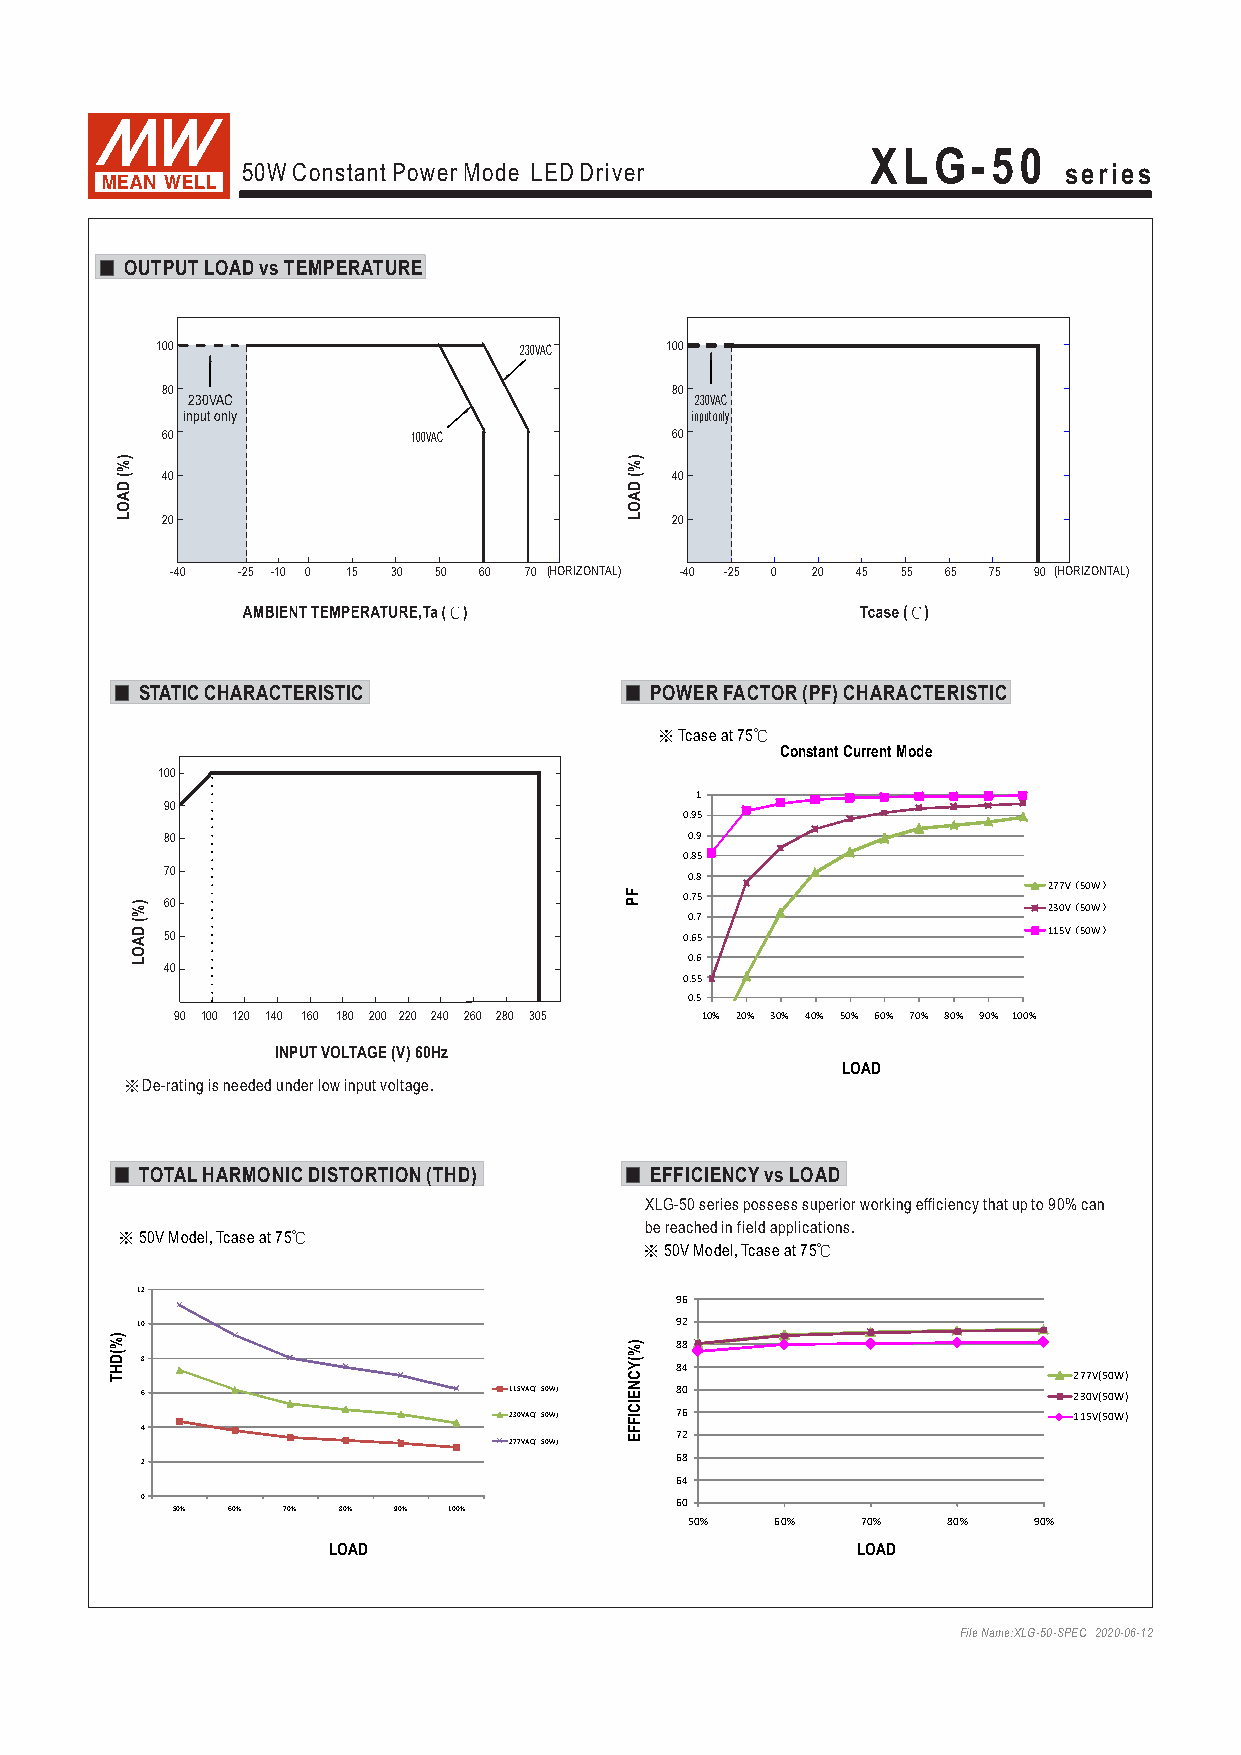
XLG-50
 series
 50W Constant Power Mode LED Driver
 OUTPUT LOAD vs TEMPERATURE
 100                     230VAC    100
 80                               80
 230VAC                            230VAC
 input only                        input only
 60              100VAC           60
 %)                                %)
 D
 (   40
 D
 (  40
 A                                 A
 O                                 O
 L   20                            L  20
 -40  -25 -10 0 15 30 50 60 70 (HORIZONTAL) -40 -25 0 20 45 55 65 75 90 (HORIZONTAL)
 STATIC CHARACTERISTIC             POWER FACTOR (PF) CHARACTERISTIC
 ※Tcase at 75℃
 Constant Current Mode
 100
 1
 90
 0.95
 80                                 0.9
 0.85
 70                                 0.8
 277V（50W）
 F   0.75
 %) 60                            P
 0.7
 230V（50W）
 AD
 (
 50                                0.65                    115V（50W）
 O                                     0.6
 L  40
 0.55
 0.5
 90 100 120 140 160 180 200 220 240 260 280 305 10% 20% 30% 40% 50% 60% 70% 80% 90% 100%
 INPUT VOLTAGE (V) 60Hz
 LOAD
 ※De-rating is needed under low input voltage.
 TOTALHARMONIC DISTORTION (THD)    EFFICIENCYvs LOAD
 XLG-50 series possess superior working efficiency that up to 90% can
 be reached in field applications.
 ※50V Model,Tcase at 75℃
 ※50V Model,Tcase at 75℃
 12
 96
 10                                  92
 THD(%)
 68
 115VAC(50W)
 ENCY(%) 888 048
 2 27 37 0V V( (5 50 0W W)
 )
 4
 2 23 70 7V VA AC C( (5 50 0W W)
 )
 EFFICI 77 26                  115V(50W)
 68
 2
 64
 0                                   60
 50% 60% 70% 80% 90% 100%
 50%  60%   70%   80%  90%
 LOAD                               LOAD
 File Name:XLG-50-SPEC 2020-06-12